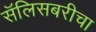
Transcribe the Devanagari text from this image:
सॅलिसबरीचा